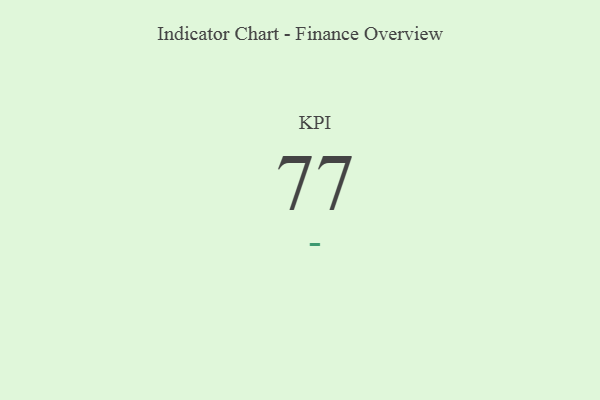
{"axis": {"x": "KPI", "y": "Value"}, "legend": [""], "data": [{"x": "KPI", "y": 77, "type": ""}]}